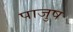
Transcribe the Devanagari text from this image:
पाजुष